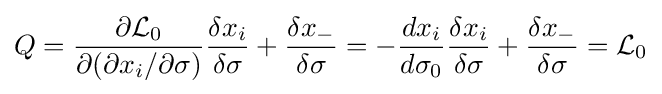
Q={\frac {\partial {\mathcal {L}}_{0}}{\partial (\partial x_{i}/\partial \sigma )}}{\frac {\delta x_{i}}{\delta \sigma }}+{\frac {\delta x_{-}}{\delta \sigma }}=-{\frac {dx_{i}}{d\sigma _{0}}}{\frac {\delta x_{i}}{\delta \sigma }}+{\frac {\delta x_{-}}{\delta \sigma }}={\mathcal {L}}_{0}